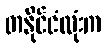
တနိုင်ငံလုံးက